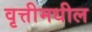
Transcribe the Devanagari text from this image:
वृत्तीमधील